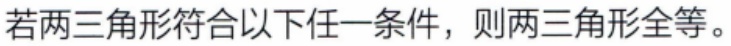
若两三角形符合以下任一条件，则两三角形全等。